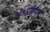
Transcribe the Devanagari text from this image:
अंतःप्रक्रियाएं